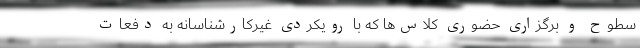
سطوح و برگزاری حضوری کلاس‌‌ها که با رویکردی غیرکارشناسانه به دفعات